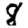
Digit: 8